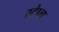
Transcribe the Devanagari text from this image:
स्टेप्ल